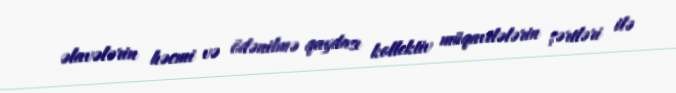
əlavələrin həcmi və ödənilmə qaydası kollektiv müqavilələrin şərtləri ilə